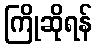
ကြိုဆိုရန်